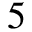
5